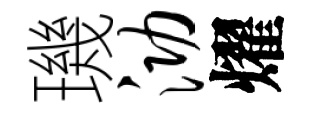
璣泐燿